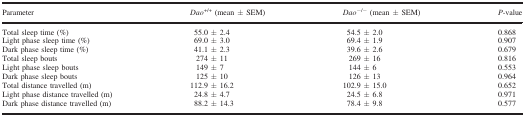
| Parameter | Dao+/+ (mean ± SEM) | Dao−/− (mean ± SEM) | P‐value |
 | --- | --- | --- | --- |
 | Total sleep time (%) | 55.0 ± 2.4 | 54.5 ± 2.0 | 0.868 |
 | Light phase sleep time (%) | 69.0 ± 3.0 | 69.4 ± 1.9 | 0.907 |
 | Dark phase sleep time (%) | 41.1 ± 2.3 | 39.6 ± 2.6 | 0.679 |
 | Total sleep bouts | 274 ± 11 | 269 ± 16 | 0.816 |
 | Light phase sleep bouts | 149 ± 7 | 144 ± 6 | 0.553 |
 | Dark phase sleep bouts | 125 ± 10 | 126 ± 13 | 0.964 |
 | Total distance travelled (m) | 112.9 ± 16.2 | 102.9 ± 15.0 | 0.652 |
 | Light phase distance travelled (m) | 24.8 ± 4.7 | 24.5 ± 6.8 | 0.971 |
 | Dark phase distance travelled (m) | 88.2 ± 14.3 | 78.4 ± 9.8 | 0.577 |